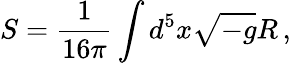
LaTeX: S=\frac{1}{16\pi}\int d^{5}x\sqrt{-g}R\, ,